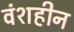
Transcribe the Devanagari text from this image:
वंशहीन